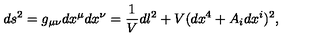
d s ^ { 2 } = g _ { \mu \nu } d x ^ { \mu } d x ^ { \nu } = \frac { 1 } { V } d l ^ { 2 } + V ( d x ^ { 4 } + A _ { i } d x ^ { i } ) ^ { 2 } ,